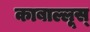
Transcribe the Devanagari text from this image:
काबाल्लूस्